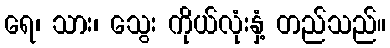
ရေ၊ သား၊ သွေး ကိုယ်လုံးနှံ့ တည်သည်။